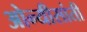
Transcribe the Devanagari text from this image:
ओन्यीसांती